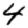
Digit: 4